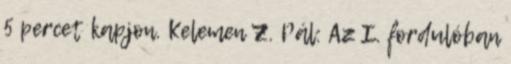
5 percet kapjon. Kelemen Z. Pál: Az I. fordulóban